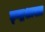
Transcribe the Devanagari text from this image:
छ्न्द्रशास्त्र